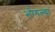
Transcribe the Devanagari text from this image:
भोगल्या